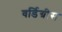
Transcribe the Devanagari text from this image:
वर्डिग्रीस